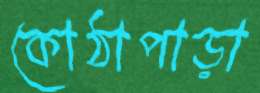
কোঠাপাড়া